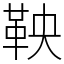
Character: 鞅